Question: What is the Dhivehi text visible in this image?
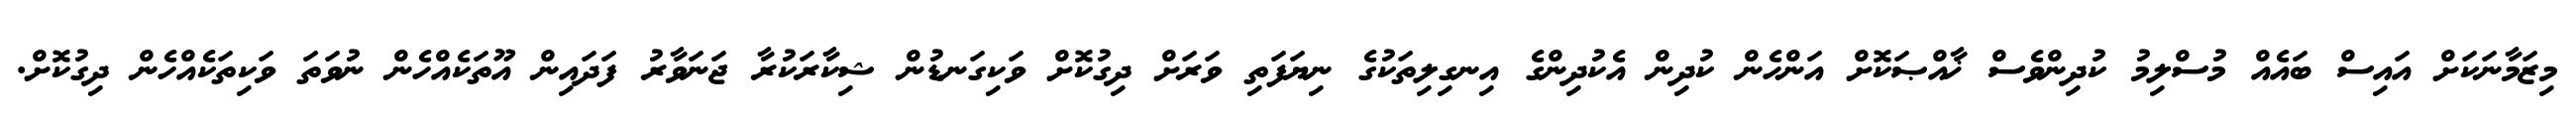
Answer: މިޒަމާނަކަށް އައިސް ބައެއް މުސްލިމު ކުދިންވެސް ޚާއްޞަކޮށް އަންހެން ކުދިން އެކުދިންގެ އިނގިލިތަކުގެ ނިޔަފަތި ވަރަށް ދިގުކޮށް ވަކިގަނޑުން ޝިކާރަކުރާ ޖަނަވާރު ފަދައިން އޫތަކެއްހެން ނުވަތަ ވަކިތަކެއްހެން ދިގުކޮށް.